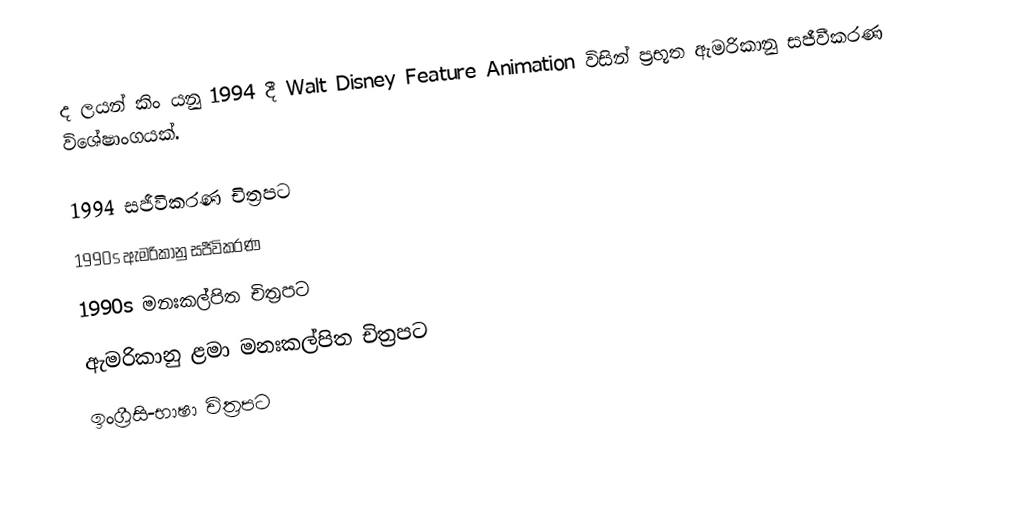
ද ලයන් කිං යනු 1994 දී Walt Disney Feature Animation විසින් ප්‍රභූත ඇමරිකානු සජීවීකරණ විශේෂාංගයක්.

1994 සජීවිකරණ චිත්‍රපට
1990s ඇමරිකානු සජීවිකරණ
1990s මනඃකල්පිත චිත්‍රපට
ඇමරිකානු ළමා මනඃකල්පිත චිත්‍රපට
ඉංග්‍රීසි-භාෂා චිත්‍රපට